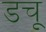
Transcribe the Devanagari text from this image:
डचू